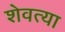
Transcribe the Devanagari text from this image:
शेवत्या